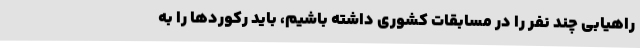
راهیابی چند نفر را در مسابقات کشوری داشته باشیم، باید رکوردها را به